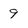
Character: 9